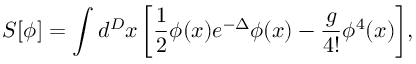
S [ \phi ] = \int d ^ { D } x \, \biggl [ \frac { 1 } { 2 } \phi ( x ) e ^ { - \Delta } \phi ( x ) - \frac { g } { 4 ! } \phi ^ { 4 } ( x ) \biggr ] ,